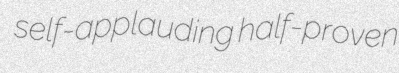
self-applauding half-proven